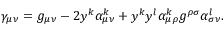
\gamma _ { \mu \nu } = g _ { \mu \nu } - 2 y ^ { k } \alpha _ { \mu \nu } ^ { k } + y ^ { k } y ^ { l } \alpha _ { \mu \rho } ^ { k } g ^ { \rho \sigma } \alpha _ { \sigma \nu } ^ { l } .